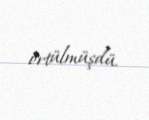
örtülmüşdü.